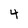
Character: 4